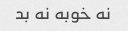
نه خوبه نه بد